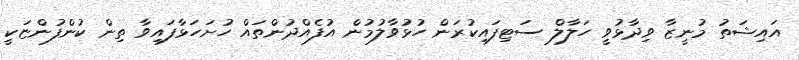
އައިޝަތު މުނީޒާ ވިދާޅުވީ ހަލާލް ސަޓިފައިކުރަން ހުޅުވާލުމުން އުފެއްދުންތައް ހުށަހަޅާފައިވާ ތިން ކުންފުންޏަކީ